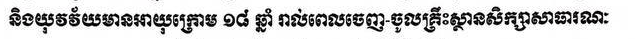
និងយុវវ័យមានអាយុក្រោម ១៨ ឆ្នាំ រាល់ពេលចេញ-ចូលគ្រឹះស្ថានសិក្សាសាធារណៈ